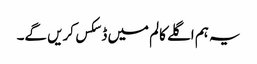
یہ ہم اگلے کالم میں ڈسکس کریں گے۔